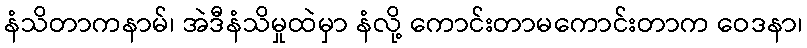
နံသိတာကနာမ်၊ အဲဒီနံသိမှုထဲမှာ နံလို့ ကောင်းတာမကောင်းတာက ဝေဒနာ၊